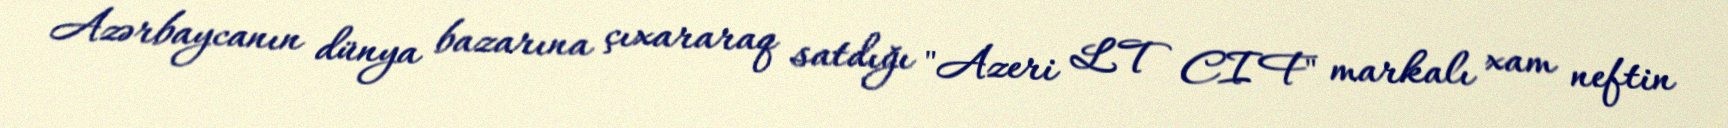
Azərbaycanın dünya bazarına çıxararaq satdığı "Azeri LT CIF" markalı xam neftin